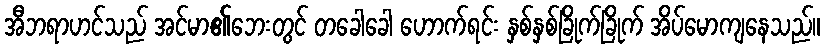
အီဘရာဟင်သည် အင်မာ၏ဘေးတွင် တခေါခေါ ဟောက်ရင်း နှစ်နှစ်ခြိုက်ခြိုက် အိပ်မောကျနေသည်။